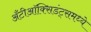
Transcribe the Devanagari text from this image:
अँटीऑक्सिडंट्समध्ये